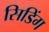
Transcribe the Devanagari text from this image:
सिडिंग